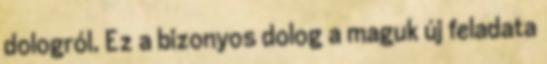
dologról. Ez a bizonyos dolog a maguk új feladata